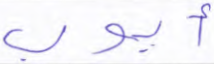
أيوب